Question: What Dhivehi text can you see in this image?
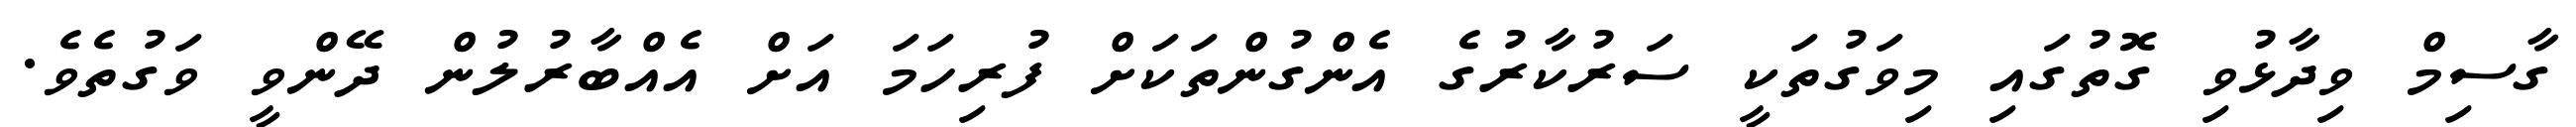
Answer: ގާސިމް ވިދާޅުވި ގޮތުގައި މިވަގުތަކީ ސަރުކާރުގެ އެންގުންތަކަށް ފުރިހަމަ އަށް އެއްބާރުލުން ދޭންވީ ވަގުތެވެ.